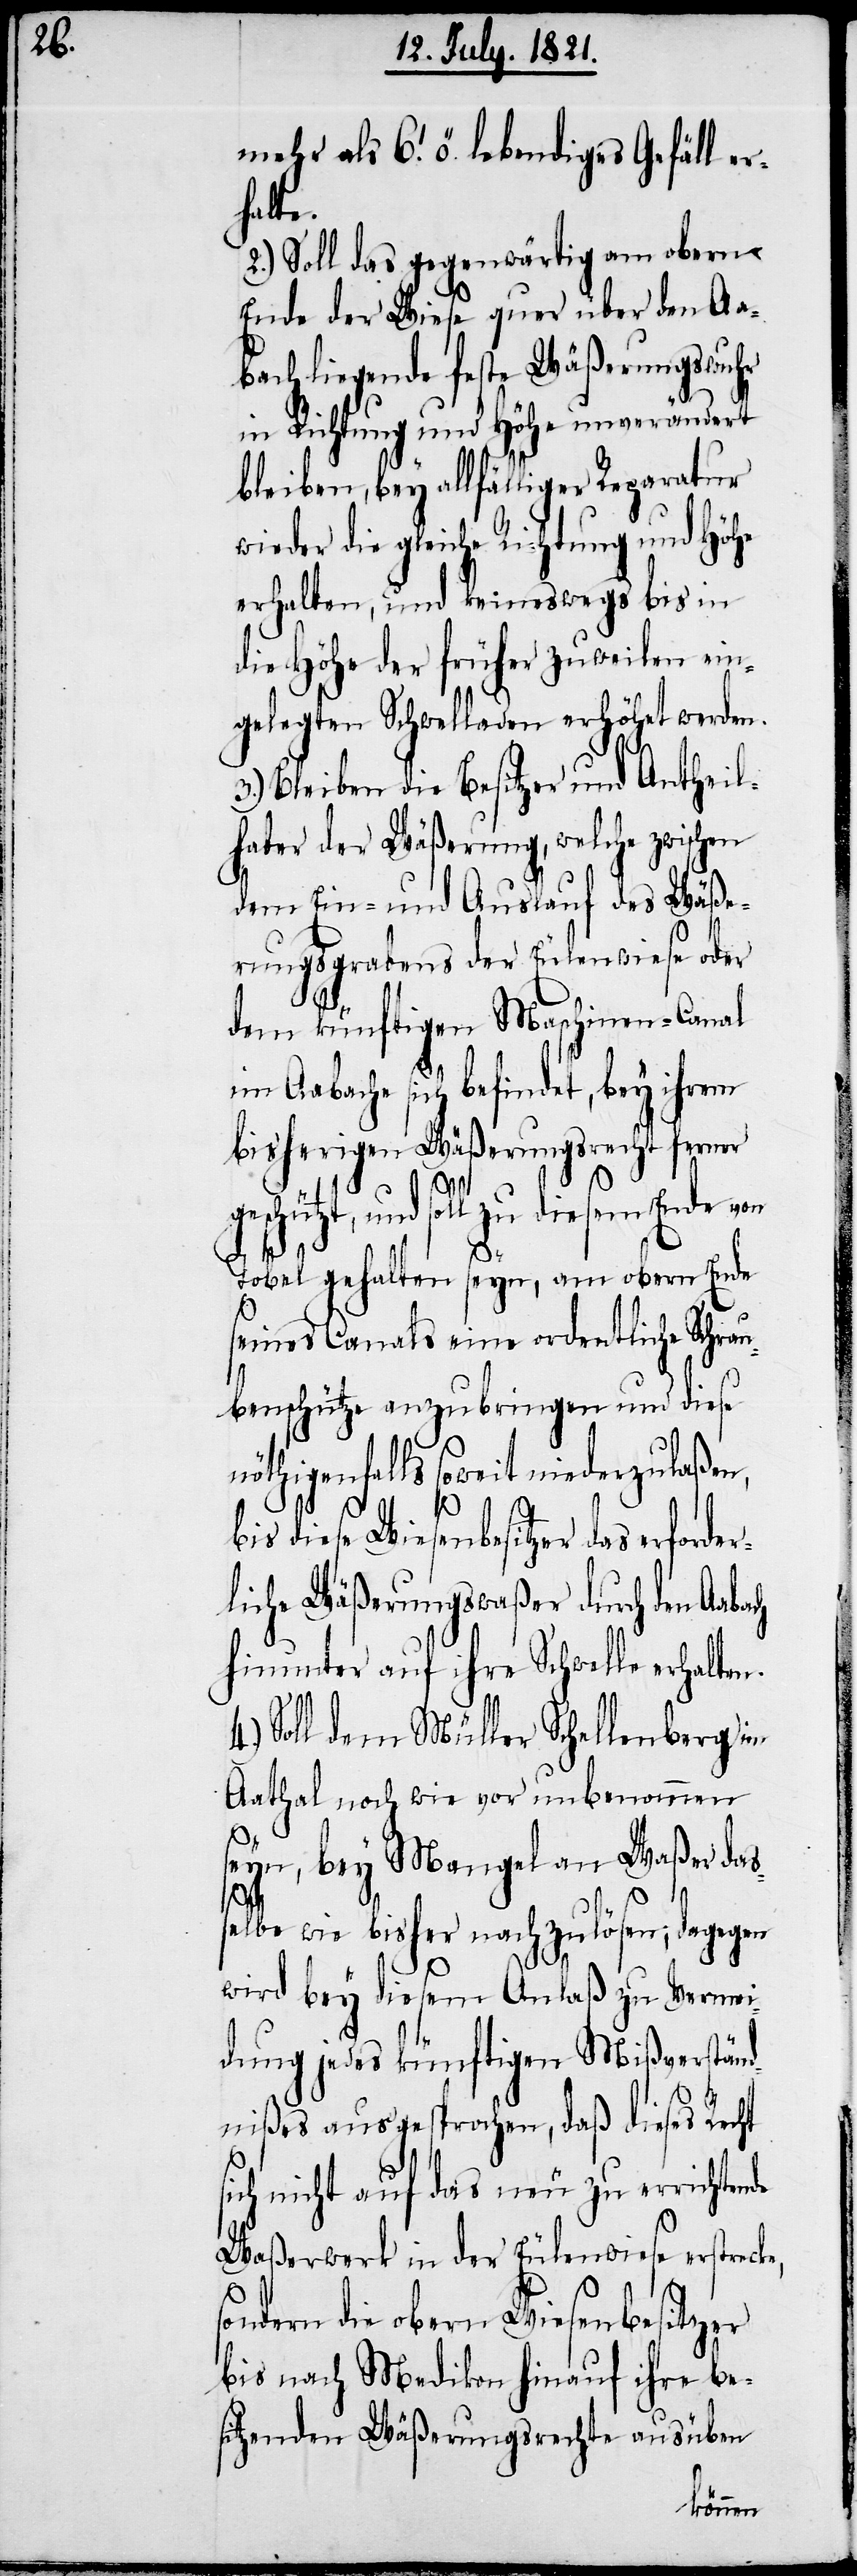
mehr als 6.‘ ö. lebendiges Gefäll er¬
halte.
2.) Soll das gegenwärtig am obern
Ende der Wiese quer über den Aa¬
bach liegende feste Wäßerungswuhr
in Richtung und Höhe unverändert
bleiben, bey allfälliger Reparatur
wieder die gleiche Richtung und Höhe
erhalten, und keineswegs bis in
die Höhe der früher zuweilen ein¬
gelegten Schwelladen erhöhet werden.
3.) Bleiben die Besitzer und Antheil¬
haber der Wäßerung, welche zwischen
dem Ein- und Auskauf des Wäße¬
rungsgrabens der Eulenwiese oder
ten.
dem künftigen Maschinen-Canal
im Aabache sich befindet, bey ihrem
bisherigen Wäßerungsrecht ferner
und soll zu diesem Ende von
s¬
Tobel gehalten seyn, am obern Ende
seines Canals eine ordentliche Schra¬
ubenschütze anzubringen und diese
nöthigenfalls soweit niederzulaßen,
ke,
bis diese Wiesenbesitzer das erfor¬
liche Wäßerungswaßer durch den Aabach
hinunter auf ihre Schwelle erhal¬
Soll dem Müller Schellenberg im
Aathal nach wie vor unbenommen
seyn, bey Mangel an Waßer das¬
selbe wie bisher nachzulösen; dagegen
wird bey diesem Anlaß zu Vermei¬
dung jedes künftigen Mißverständ¬
nißes ausgesprochen, daß dieses Recht
ich nicht auf das neu zu errichten¬
Waßerwerk in der Eulenwiese erstrec¬
sondern die obern Wiesenbesitzer
bis nach Medikon hinauf ihre be¬
sitzenden Wäßerungsreche ausüben